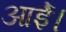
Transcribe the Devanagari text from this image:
आईे।